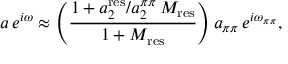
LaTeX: a \, e ^ { i \omega } \approx \left( \frac { 1 + a _ { 2 } ^ { \mathrm { r e s } } / a _ { 2 } ^ { \pi \pi } \, { \cal M } _ { \mathrm { r e s } } } { 1 + { \cal M } _ { \mathrm { r e s } } } \right) a _ { \pi \pi } \, e ^ { i \omega _ { \pi \pi } } ,